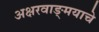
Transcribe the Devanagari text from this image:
अक्षरवाङ्‌मयाचे